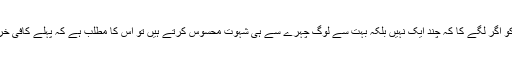
اسلامی حکومت، جو کہ ظاہری بات ہے معاشرے کے حالات سے باخبر ہو گی، کو اگر لگے کا کہ چند ایک نہیں بلکہ بہت سے لوگ چہرے سے ہی شہوت محسوس کرتے ہیں تو اس کا مطلب ہے کہ پہلے کافی خراب معاشرہ تھا، اسے سنوارنے کے لیے ہنگامی اقدامات کرنے کی ضرورت ہے۔